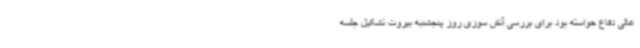
عالی دفاع خواسته بود برای بررسی آتش سوزی روز پنجشنبه بیروت تشکیل جلسه